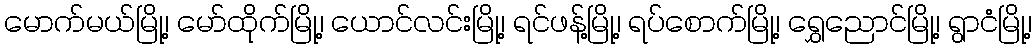
မောက်မယ်မြို့၊ မော်ထိုက်မြို့၊ ယောင်လင်းမြို့၊ ရင်ဖန့်မြို့၊ ရပ်စောက်မြို့၊ ရွှေညောင်မြို့၊ ရွာငံမြို့၊